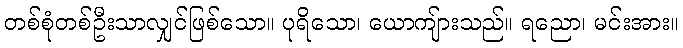
တစ်စုံတစ်ဦးသာလျှင်ဖြစ်သော။ ပုရိသော၊ ယောကျ်ားသည်။ ရညော၊ မင်းအား။